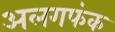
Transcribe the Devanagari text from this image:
अलगफंक